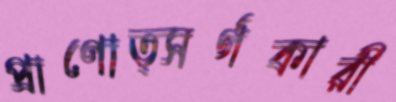
প্রাণোত্সর্গকারী